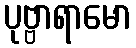
ပုဗ္ဗာရာမော